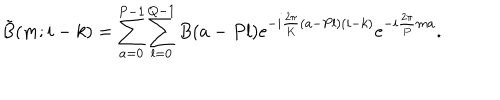
\tilde { B } ( m ; i - k ) = \sum _ { a = 0 } ^ { P - 1 } \sum _ { l = 0 } ^ { Q - 1 } B ( a - P l ) \mathrm { e } ^ { - i { \frac { 2 \pi } { K } } ( a - P l ) ( i - k ) } \mathrm { e } ^ { - i { \frac { 2 \pi } { P } } m a } .